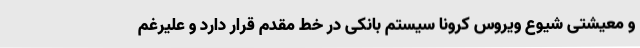
و معیشتی شیوع ویروس کرونا سیستم بانکی در خط مقدم قرار دارد و علیرغم